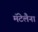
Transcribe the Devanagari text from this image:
मॅटेलैना